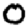
Digit: 0